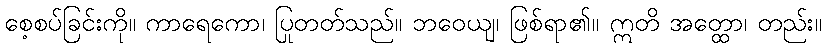
စေ့စပ်ခြင်းကို။ ကာရေကော၊ ပြုတတ်သည်။ ဘဝေယျ၊ ဖြစ်ရာ၏။ ဣတိ အတ္ထော၊ တည်း။